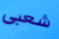
شعبى